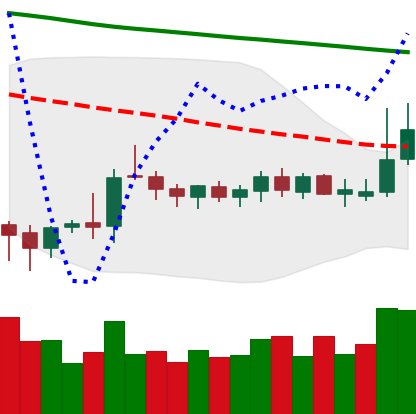
Ticker: DOGE-USD
Chart end date: 2019-10-14
Forward return: 7.78%
Label: up_7plus